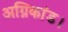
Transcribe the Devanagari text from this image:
अग्निकांड।